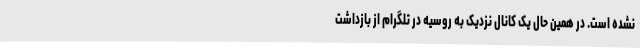
نشده است. در همین حال یک کانال نزدیک به روسیه در تلگرام از بازداشت